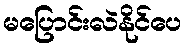
မပြောင်းလဲနိုင်ပေ